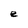
Character: e